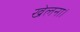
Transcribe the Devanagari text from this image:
खेलना।